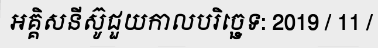
អគ្គិសនីស៊ូជួយកាលបរិច្ឆេទ: 2019 / 11 /